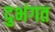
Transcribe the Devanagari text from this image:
दुभंगत